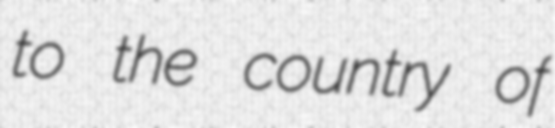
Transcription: to the country of